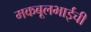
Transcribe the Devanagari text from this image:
मकबूलभाईंची